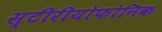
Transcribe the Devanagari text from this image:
स्टीरीयोफोनिक